Statistical return of the lunatic asylum in Assam - 1912-1932
Year: 1912
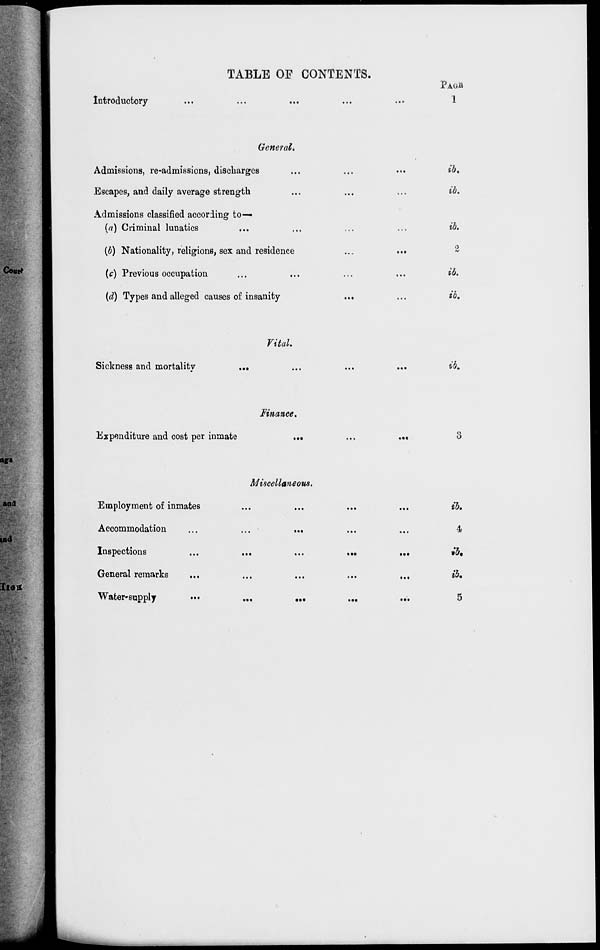
TABLE OF CONTENTS.
Introductory
PAGII
1
General.
Admissions, re-admissions, discharges
Escapes, and daily average strength
Admissions classified according to—
(a) Criminal lunatics
(b) Nationality, religions, sex and residence
(c) Previous occupation
(d) Types and alleged causes of insanity
eft.
eft.
eft.
2
ib.
ib.
Vital.
Sickness and mortalitv
ik
Finance.
Expenditure and cost per inmate
3
Miscellaneous.
Employment of inmates
Accommodation
Inspections
General remarks
Water-supply
•••
t.»
•••
ib.
4
ib.
ib.
5